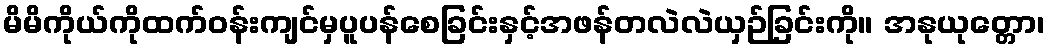
မိမိကိုယ်ကိုထက်ဝန်းကျင်မှပူပန်စေခြင်းနှင့်အဖန်တလဲလဲယှဉ်ခြင်းကို။ အနုယုတ္တော၊